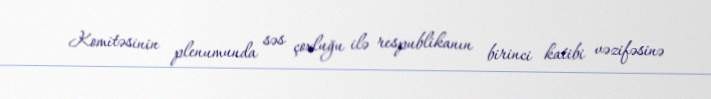
Komitəsinin plenumunda səs çoxluğu ilə respublikanın birinci katibi vəzifəsinə